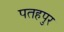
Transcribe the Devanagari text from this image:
पतहपुर